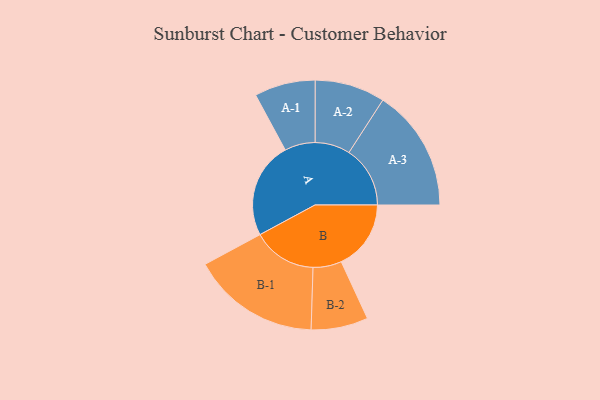
{"axis": {"x": "Segment", "y": "Value"}, "legend": ["", "A", "B"], "data": [{"x": "A", "y": 392, "type": ""}, {"x": "B", "y": 284, "type": ""}, {"x": "A-1", "y": 124, "type": "A"}, {"x": "A-2", "y": 143, "type": "A"}, {"x": "A-3", "y": 249, "type": "A"}, {"x": "B-1", "y": 261, "type": "B"}, {"x": "B-2", "y": 116, "type": "B"}]}